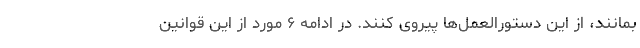
بمانند، از این دستورالعمل‌ها پیروی کنند. در ادامه ۶ مورد از این قوانین